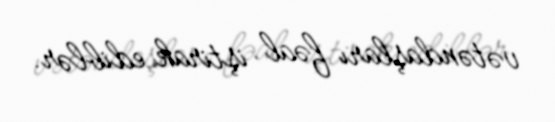
vətəndaşları fəal iştirak ediblər.